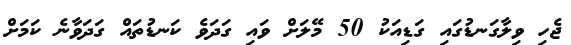
ޖެހި ވިލާގަނޑުގައި ގަޑިއަކު 50 މޭލަށް ވައި ގަދަވެ ކަނޑުތައް ގަދަވާނެ ކަމަށް